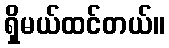
ရှိမယ်ထင်တယ်။